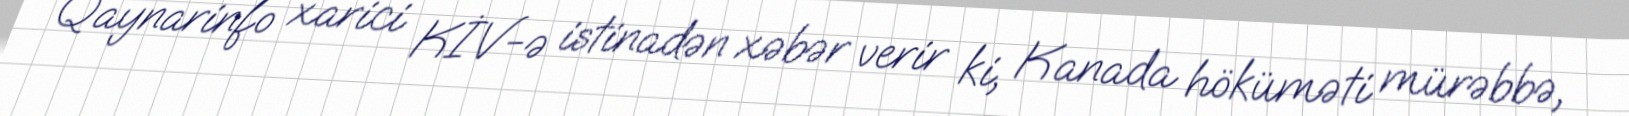
Qaynarinfo xarici KİV-ə istinadən xəbər verir ki, Kanada höküməti mürəbbə,